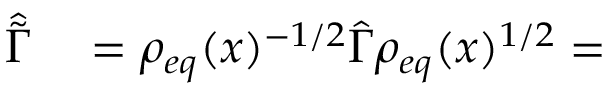
\begin{array} { r l } { \hat { \tilde { \Gamma } } } & { { } = \rho _ { e q } ( x ) ^ { - 1 / 2 } \hat { \Gamma } \rho _ { e q } ( x ) ^ { 1 / 2 } = } \end{array}